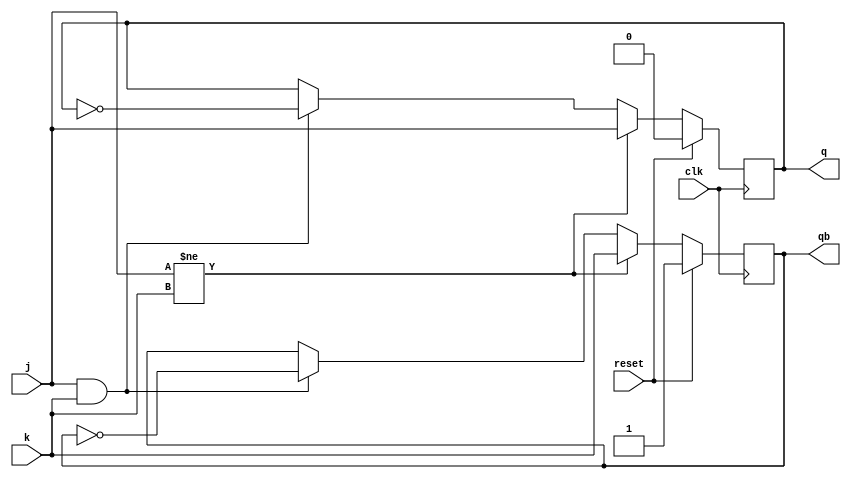
module Jk_flip_flop ( j ,k ,clk ,reset ,q ,qb );

output q ;
reg q ;
output qb ;
reg qb ;

input j ;
wire j ;
input k ;
wire k ;
input clk ;
wire clk ;
input reset ;
wire reset ;

always @ (posedge (clk)) begin
    $dumpfile("Jk_flip_flop.vcd");
    $dumpvars(0, Jk_flip_flop);

 if (reset) begin
  q <= 0;
  qb <= 1;
 end
 else begin
  if (j!=k) begin
   q <= j;
   qb <= k;
  end
  else if (j==1 && k==1) begin
   q <= ~q;
   qb <= ~qb;
  end
 end
end
 

endmodule